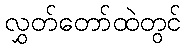
လွှတ်တော်ထဲတွင်